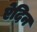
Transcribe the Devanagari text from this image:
ऐदिन